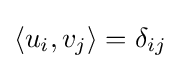
\langle u_{i},v_{j}\rangle =\delta _{ij}